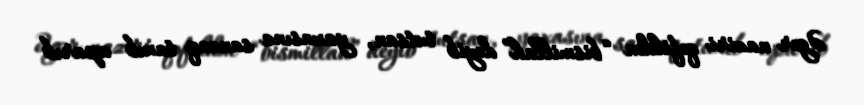
Əgər naziri qəfildən “bismillah” deyib tutsan, yaxasına sancaq taxıb aparıb